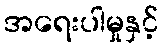
အရေးပါမှုနှင့်